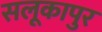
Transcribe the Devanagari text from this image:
सलूकापुर